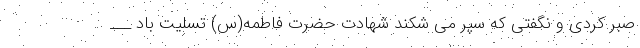
صبر کردی و نگفتی که سپر می شکند شهادت حضرت فاطمه(س) تسلیت باد ___